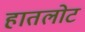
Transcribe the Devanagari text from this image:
हातलोट